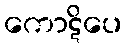
ကောဋိပေ